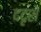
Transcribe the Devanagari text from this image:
ददृशे